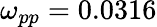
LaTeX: \omega_{pp}=0.0316